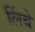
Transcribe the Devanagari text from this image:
लिंबे